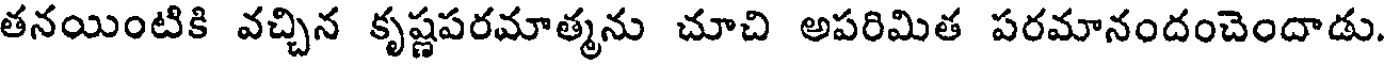
తనయింటికి వచ్చిన కృష్ణపరమాత్మను చూచి అపరిమిత పరమానందంచెందాడు.